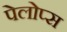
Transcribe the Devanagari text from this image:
पेलोप्स